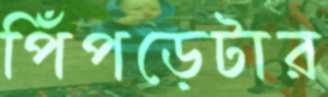
পিঁপড়েটার